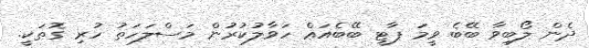
ދެން ލޯބިވާ ބޭބެ ވީމަ ޕާޓީ ބޭބެއަޢް ހަވާލުކުރުން މަސްލަހަތު ހުރި ގޮތަކީ.